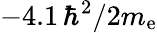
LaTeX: -4.1\, \hbar^{2}/2m_{\mathrm{e}}